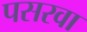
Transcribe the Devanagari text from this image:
पसरवा